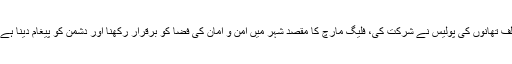
قربان لائنز سے شروع ہونیوالے فلیگ مارچ میں ڈولفن ، پیرو، ایلیٹ اور مختلف تھانوں کی پولیس نے شرکت کی، فلیگ مارچ کا مقصد شہر میں امن و امان کی فضا کو برقرار رکھنا اور دشمن کو پیغام دینا ہے کہ سکیورٹی کے ادارے اپنے فرائض احسن طریقے سے انجام دے رہے ہیں۔